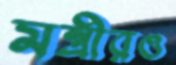
মন্ত্রীরও